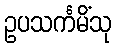
ဥပသင်္ကမိံသု